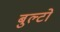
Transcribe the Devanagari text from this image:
बुल्टो